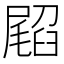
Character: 𭕳